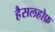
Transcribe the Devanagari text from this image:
हैसलहोफ़